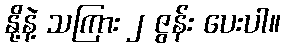
နို့နဲ့ သကြား ၂ ဇွန်း ပေးပါ။